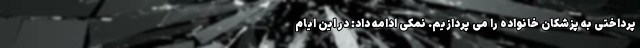
پرداختی به پزشکان خانواده را می پردازیم. نمکی ادامه داد: در این ایام